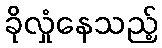
ခိုလှုံနေသည့်